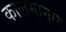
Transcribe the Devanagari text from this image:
कालमानास